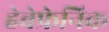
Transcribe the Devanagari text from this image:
हेबेफ्रेनिक